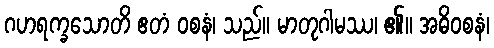
ဂဟရက္ခသောတိ ဧတံ ဝစနံ၊ သည်။ မာတုဂါမဿ၊ ၏။ အဓိဝစနံ၊